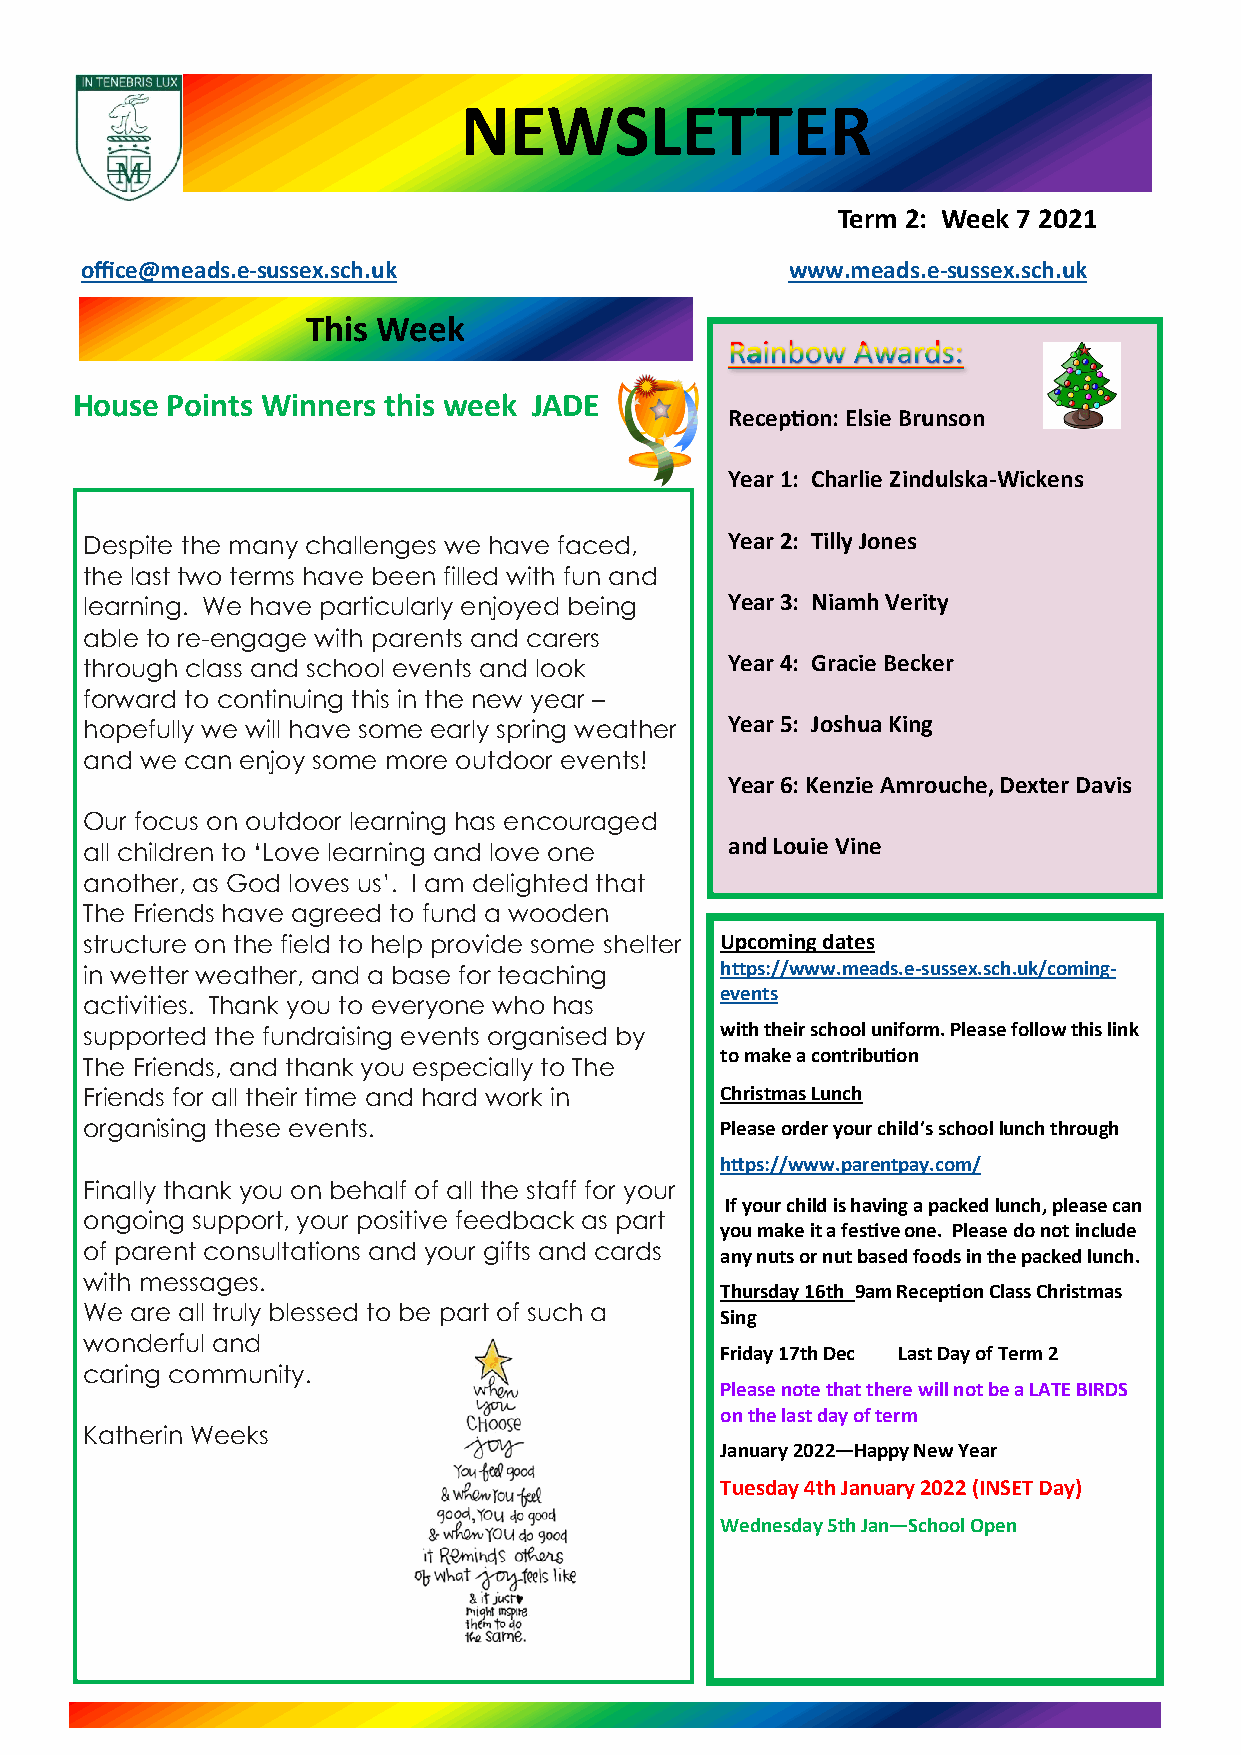
NEWSLETTER
 Term 2: Week 7 2021
 office@meads.e-sussex.sch.uk                   www.meads.e-sussex.sch.uk
 This Week
 House Points Winners this week JADE
 Reception: Elsie Brunson
 Year 1: Charlie Zindulska-Wickens
 Despite the many challenges we have faced, Year 2: Tilly Jones
 the last two terms have been filled with fun and
 learning. We have particularly enjoyed being Year 3: Niamh Verity
 able to re-engage with parents and carers
 through class and school events and look   Year 4: Gracie Becker
 forward to continuing this in the new year –
 hopefully we will have some early spring weather Year 5: Joshua King
 and we can enjoy some more outdoor events!
 Year 6: Kenzie Amrouche, Dexter Davis
 Our focus on outdoor learning has encouraged
 all children to ‘Love learning and love one and Louie Vine
 another, as God loves us’. I am delighted that
 The Friends have agreed to fund a wooden
 structure on the field to help provide some shelter Upcoming dates
 in wetter weather, and a base for teaching https://www.meads.e-sussex.sch.uk/coming-
 events
 activities. Thank you to everyone who has
 supported the fundraising events organised by with their school uniform. Please follow this link
 to make a contribution
 The Friends, and thank you especially to The
 Friends for all their time and hard work in Christmas Lunch
 organising these events.                   Please order your child’s school lunch through
 https://www.parentpay.com/
 Finally thank you on behalf of all the staff for your
 If your child is having a packed lunch, please can
 ongoing support, your positive feedback as part
 you make it a festive one. Please do not include
 of parent consultations and your gifts and cards
 any nuts or nut based foods in the packed lunch.
 with messages.
 Thursday 16th 9am Reception Class Christmas
 We  are all truly blessed to be part of such a
 Sing
 wonderful and
 Friday 17th Dec Last Day of Term 2
 caring community.
 Please note that there will not be a LATE BIRDS
 on the last day of term
 Katherin Weeks
 January 2022—Happy New Year
 Tuesday 4th January 2022 (INSET Day)
 Wednesday 5th Jan—School Open